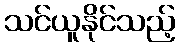
သင်ယူနိုင်သည့်